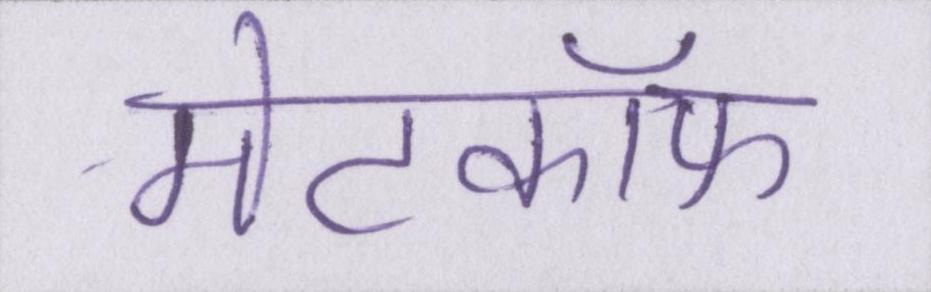
मेटकॉफ